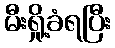
မီးရှို့ခံရပြီး